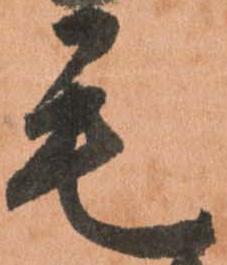
毛